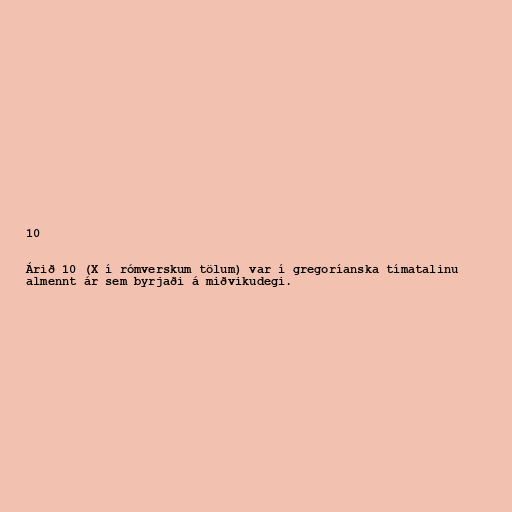
10

Árið 10 (X í rómverskum tölum) var í gregoríanska tímatalinu
almennt ár sem byrjaði á miðvikudegi.